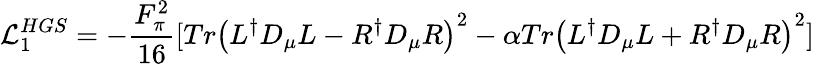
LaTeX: {\cal L}_{1}^{HGS}=-\frac{F_{\pi}^{2}}{16}[Tr\left(L^{\dagger}D_{\mu}L-R^{\dagger}D_{\mu}R\right)^{2}-\alpha Tr\left(L^{\dagger}D_{\mu}L+R^{\dagger}D_{\mu}R\right)^{2}]